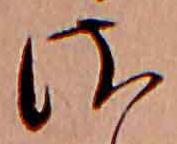
さ